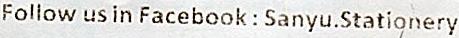
FOLLOW US IN FACEBOOK : SANYU.STATIONERY